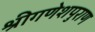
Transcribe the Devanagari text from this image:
श्रीगणेशपुराण